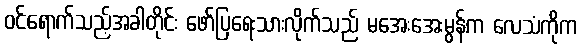
ဝင်ရောက်သည့်အခါတိုင်း ဖော်ပြရေးသားလိုက်သည် မအေးအေးမွန်က လေသံကိုက